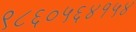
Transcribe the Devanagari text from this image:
९८६०५६४१५४